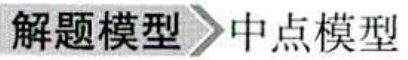
解题模型\rightarrow中点模型